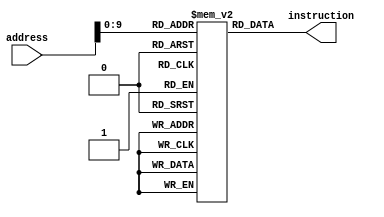
module instructionMemory
    #(parameter Width = 32)
(
    input  [Width-1:0] address,
    output [Width-1:0] instruction
);
    reg [9:0] cutAddress;
    reg [Width-1:0] mem[0:1023]; // 2 ,  4Kbyte,  register reg  wire reg , reg type  state   = sequential
    // sequential, comb  , input timing 

    initial begin
        // for Problem 2
        // mem[ 0] = 32'h12320282; // 32'b0001 0010 0011 00100 000 00101 0000010 // 1, 2, 3, x4, fun3, x5, opcode
        // mem[ 4] = 32'h34508202; // 32'b0011 0100 0101 00001 000 00100 0000010 // 3, 4, 5, x1, fun3, x4, opcode
        // mem[ 8] = 32'h31120282; // 32'b0011 0001 0001 00100 000 00101 0000010 // 3, 1, 1, x1, fun3, x5, opcode

        // for Problem 3
        mem[ 0] = 32'h05FB8263; // 32'b0 000010 11111 10111 000 0010 0 1100011; // beq  x31,x23,34

        mem[ 4] = 32'h01DE8D33; // 32'b0000000 11101 11101 000 11010 0110011 // add  x26,x29,x29
        mem[ 8] = 32'h01DD0D33; // 32'b0000000 11101 11010 000 11010 0110011 // add  x26,x26,x29
        mem[12] = 32'h003D0D02; // 32'b000000000011 11010 000 11010 0000010 // addi3  x26,x26,3
        mem[16] = 32'h000F0D82; // 32'b000000000000 11110 000 11011 0000010 // addi3  x27,x30,0
        mem[20] = 32'h01BD0D33; // 32'b0000000 11011 11010 000 11010 0110011 // add  x26,x26,x27
        mem[24] = 32'h00CD8D82; // 32'b000000001100 11011 000 11011 0000010 // addi3  x27,x27,12
        mem[28] = 32'h000D0C03; // 32'b000000000000 11010 000 11000 0000011 // lw x24,0(x26)
        mem[32] = 32'h000D8C83; // 32'b000000000000 11011 000 11001 0000011 // lw x25,0(x27)
        mem[36] = 32'h419C1C33; // 32'b0100000 11001 11000 001 11000 0110011 // mul x24,x24,x25 //   1*1=2
        mem[40] = 32'h018F8FB3; // 32'b0000000 11000 11111 000 11111 0110011 // add  x31,x31,x24
        mem[44] = 32'h001F0F02; // 32'b000000000001 11110 000 11110 0000010 // addi3  x30,x30,1

        mem[48] = 32'h01EB8263; // 32'b0 000000 11110 10111 000 0010 0 1100011 // beq  x30,x23,0
        mem[52] = 32'h01FE8007; // 32'b0000000 11111 11101 000 00000 0000111 // sw x29,0(x31)
        mem[56] = 32'h00000F82; // 32'b000000000000 00000 000 11111 0000010 // addi3  x31,x0,0
        mem[60] = 32'h00000F02; // 32'b000000000000 00000 000 11110 0000010 // addi3  x30,x0,0
        mem[64] = 32'h001E8E82; // 32'b000000000001 11101 000 11101 0000010 // addi3  x29,x29,1

        mem[68] = 32'h03DB8863; // 32'b0 000001 11101 10111 000 1000 0 1100011 // beq  x29,x23,24

    end
    assign instruction = mem[address];
endmodule